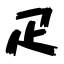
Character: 疋